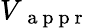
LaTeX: {V}_{\mathrm{~{~a~p~p~r~}~}}